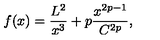
f ( x ) = \frac { L ^ { 2 } } { x ^ { 3 } } + p \frac { x ^ { 2 p - 1 } } { C ^ { 2 p } } ,